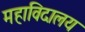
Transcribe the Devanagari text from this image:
महाविदालय